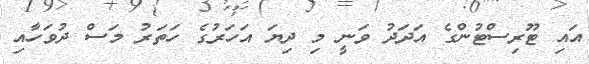
އައި ޓޫރިސްޓުންގެ އަދަދު ވަނީ މި ދިޔަ އަހަރުގެ ހަތަރު މަސް ދުވަހާއި